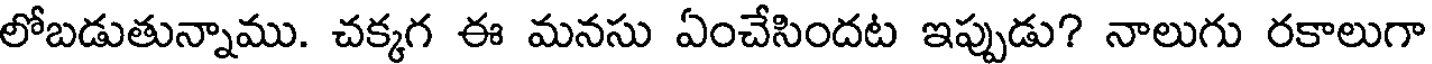
లోబడుతున్నాము. చక్కగ ఈ మనసు ఏంచేసిందట ఇప్పుడు? నాలుగు రకాలుగా